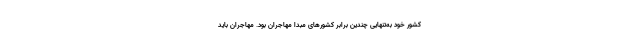
کشور خود به‌تنهایی چندین برابر کشورهای مبدا مهاجران بود. مهاجران باید